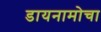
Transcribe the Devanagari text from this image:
डायनामोचा